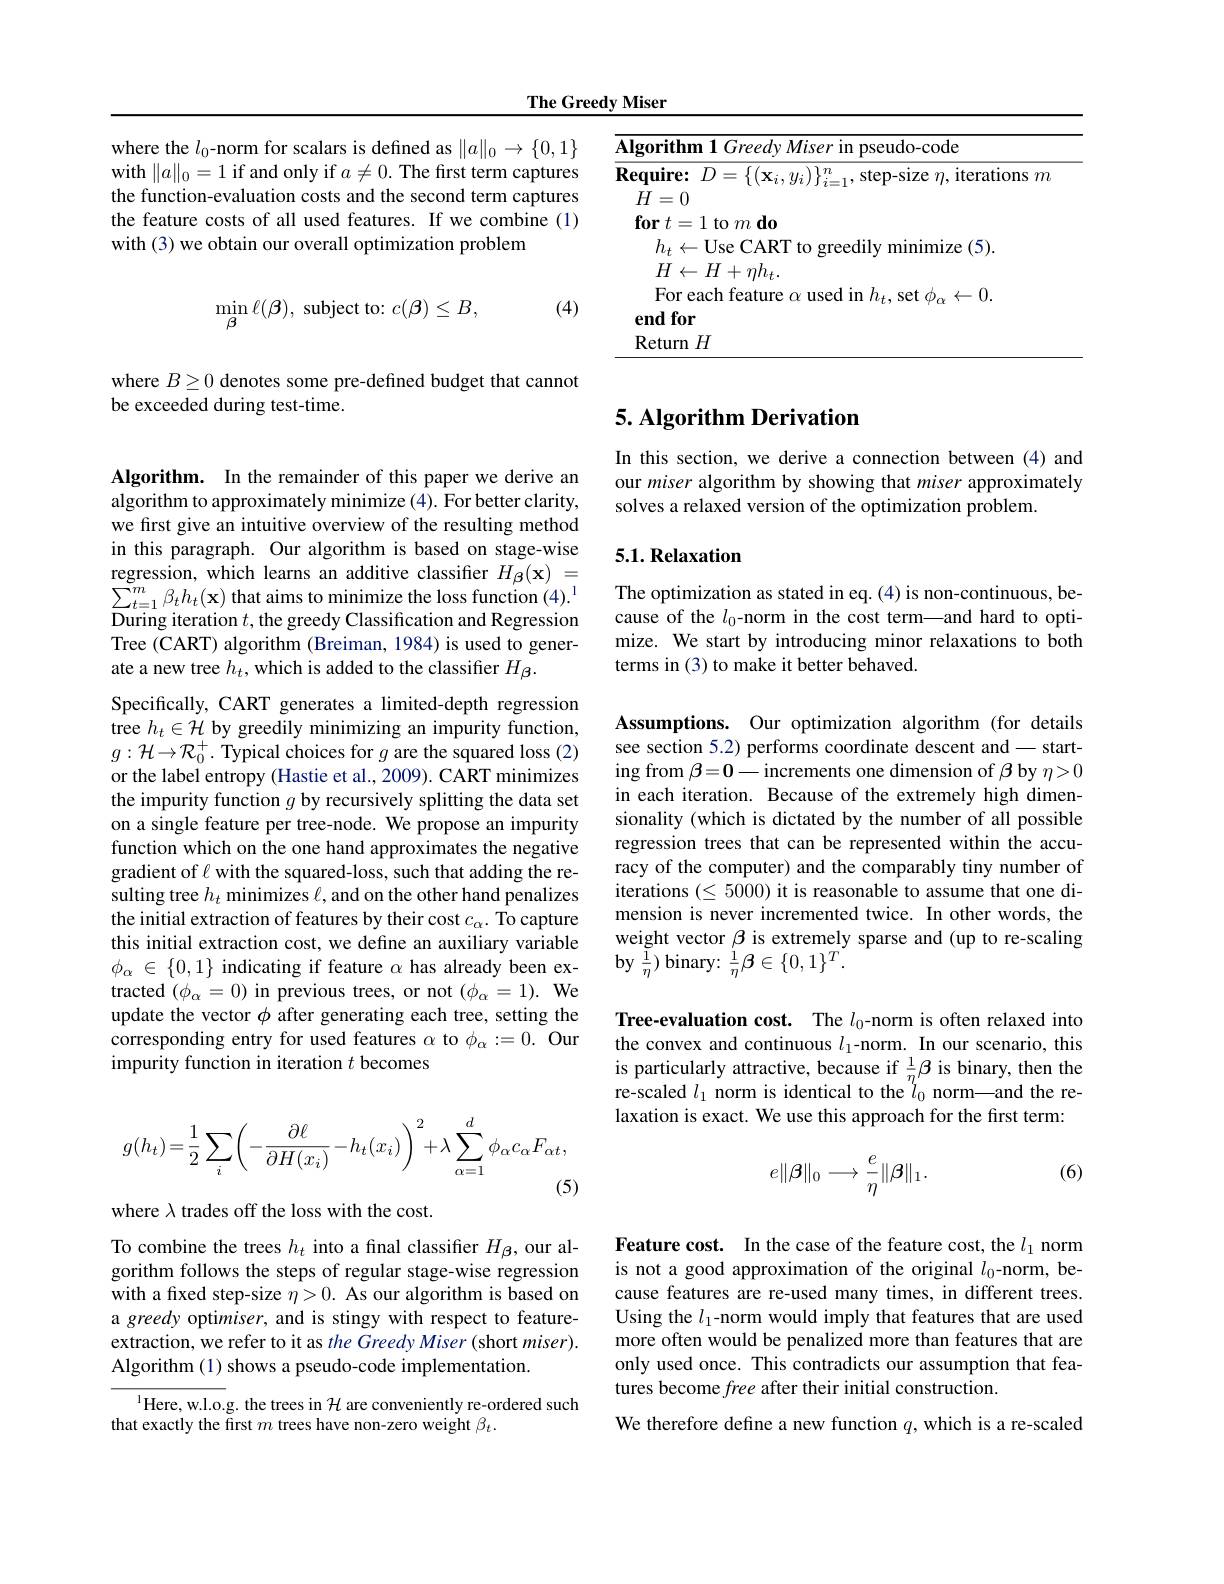
The Greedy Miser

where the $l_0$-norm for scalars is defined as $\|a\|_0\to\{0,1\}$ with $\|a\|_0=1$ if and only if $a\neq0.$ The first term captures the function-evaluation costs and the second term captures the feature costs of all used features. If we combine (1) with (3) we obtain our overall optimization problem
$$\min_{\beta}\ell(\beta),\:\mathrm{subject~to:}\:c(\beta)\leq B,$$
(4)

where $B\geq0$ denotes some pre-defined budget that cannot
be exceeded during test-time.

Algorithm. In the remainder of this paper we derive an algorithm to approximately minimize (4). For better clarity, we first give an intuitive overview of the resulting method in this paragraph. Our algorithm is based on stage-wise regression, which learns an additive classifier $H_{\beta}(\mathbf{x})=$ $\sum_{t=1}^{m}\beta_{t}h_{t}(\mathbf{x})$ that aims to minimize the loss function $(4).^{1}$ During iteration $t$, the greedy Classification and Regression Tree (CART) algorithm (Breiman, 1984) is used to generate a new tree $h_t$,which is added to the classifier $H_\beta.$

Specifically, CART generates a limited-depth regression tree $h_t\in\mathcal{H}$ by greedily minimizing an impurity function, $g:\mathcal{H}\to\mathcal{R}_0^+.$ Typical choices for $g$ are the squared loss (2) or the label entropy (Hastie et al., 2009). CART minimizes the impurity function $g$ by recursively splitting the data set on a single feature per tree-node. We propose an impurity function which on the one hand approximates the negative gradient of $\ell$ with the squared-loss, such that adding the resulting tree $h_t$ minimizes $\ell$, and on the other hand penalizes the initial extraction of features by their cost $c_\alpha.$ To capture this initial extraction cost, we define an auxiliary variable $\phi_\alpha\in\{0,1\}$ indicating if feature $\alpha$ has already been extracted $(\phi_{\alpha}=0)$ in previous trees, or not $(\phi_{\alpha}=1).$ We update the vector $\phi$ after generating each tree, setting the corresponding entry for used features $\alpha$ to $\phi_\alpha:=0.$ Our impurity function in iteration $t$ becomes
$$g(h_{t})=\frac{1}{2}\sum_{i}\left(-\frac{\partial\ell}{\partial H(x_{i})}-h_{t}(x_{i})\right)^{2}+\lambda\sum_{\alpha=1}^{d}\phi_{\alpha}c_{\alpha}F_{\alpha t},$$
(5)

where $\lambda$ trades off the loss with the cost.

To combine the trees $h_t$ into a final classifier $H_{\beta}$, our algorithm follows the steps of regular stage-wise regression with a fixed step-size $\eta>0.$ As our algorithm is based on a greedy optimiser, and is stingy with respect to featureextraction, we refer to it as $the\textit{Greedy Miser ( short miser) }.$ Algorithm (1) shows a pseudo-code implementation.

$^{1}$Here, w.l.o.g. the trees in $\mathcal{H}$ are conveniently re-ordered such
that exactly the first $m$ trees have non-zero weight $\beta_t.$

<table>
	<tbody>
		<tr>
			<td>T T M</td>
			<td>$\textbf{m 1 Greedy Miser in pseudo- code}$</td>
		</tr>
		<tr>
			<td> </td>
			<td>each feature $\alpha$ used in $h_t$, set $\phi_\alpha\leftarrow0.$ $\mathbf{)}\mathbf{r}$</td>
		</tr>
		<tr>
			<td> </td>
			<td>$1H$</td>
		</tr>
	</tbody>
</table>

# 5. Algorithm Derivation

In this section, we derive a connection between (4) and our miser algorithm by showing that miser approximately solves a relaxed version of the optimization problem.

## 5.1. Relaxation

The optimization as stated in eq.(4) is non-continuous, because of the $l_0$-norm in the cost term—and hard to optimize. We start by introducing minor relaxations to both terms in (3) to make it better behaved.

Assumptions. Our optimization algorithm (for details see section 5.2) performs coordinate descent and- starting from $\beta=0-$increments one dimension of $\beta$ by $\eta>0$ in each iteration. Because of the extremely high dimensionality (which is dictated by the number of all possible regression trees that can be represented within the accuracy of the computer) and the comparably tiny number of iterations $(\leq5000)$ it is reasonable to assume that one dimension is never incremented twice. In other words, the weight vector $\beta$ is extremely sparse and (up to re-scaling ${\textbf{by }\frac{1}{\eta}}){\text{binary: }\frac{1}{\eta}}\beta\in\{0,1\}^{T}.$

Tree-evaluation cost. The $l_0$-norm is often relaxed into the convex and continuous $l_1$-norm. In our scenario, this is particularly attractive, because if $\frac1\eta\beta$ is binary, then the re-scaled $l_1$ norm is identical to the $l_0$ norm—and the relaxation is exact. We use this approach for the frst term:

(6)
$$e\|\beta\|_0\longrightarrow\frac{e}{\eta}\|\beta\|_1.$$
Feature cost. In the case of the feature cost, the $l_1$ norm is not a good approximation of the original $l_0$-norm, because features are re-used many times, in different trees. Using the $l_1$-norm would imply that features that are used more often would be penalized more than features that are only used once. This contradicts our assumption that features become free after their initial construction

We therefore define a new function $q$, which is a re-scaled